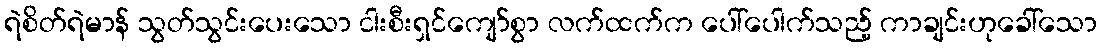
ရဲစိတ်ရဲမာန် သွတ်သွင်းပေးသော ငါးစီးရှင်ကျော်စွာ လက်ထက်က ပေါ်ပေါက်သည့် ကာချင်းဟုခေါ်သော